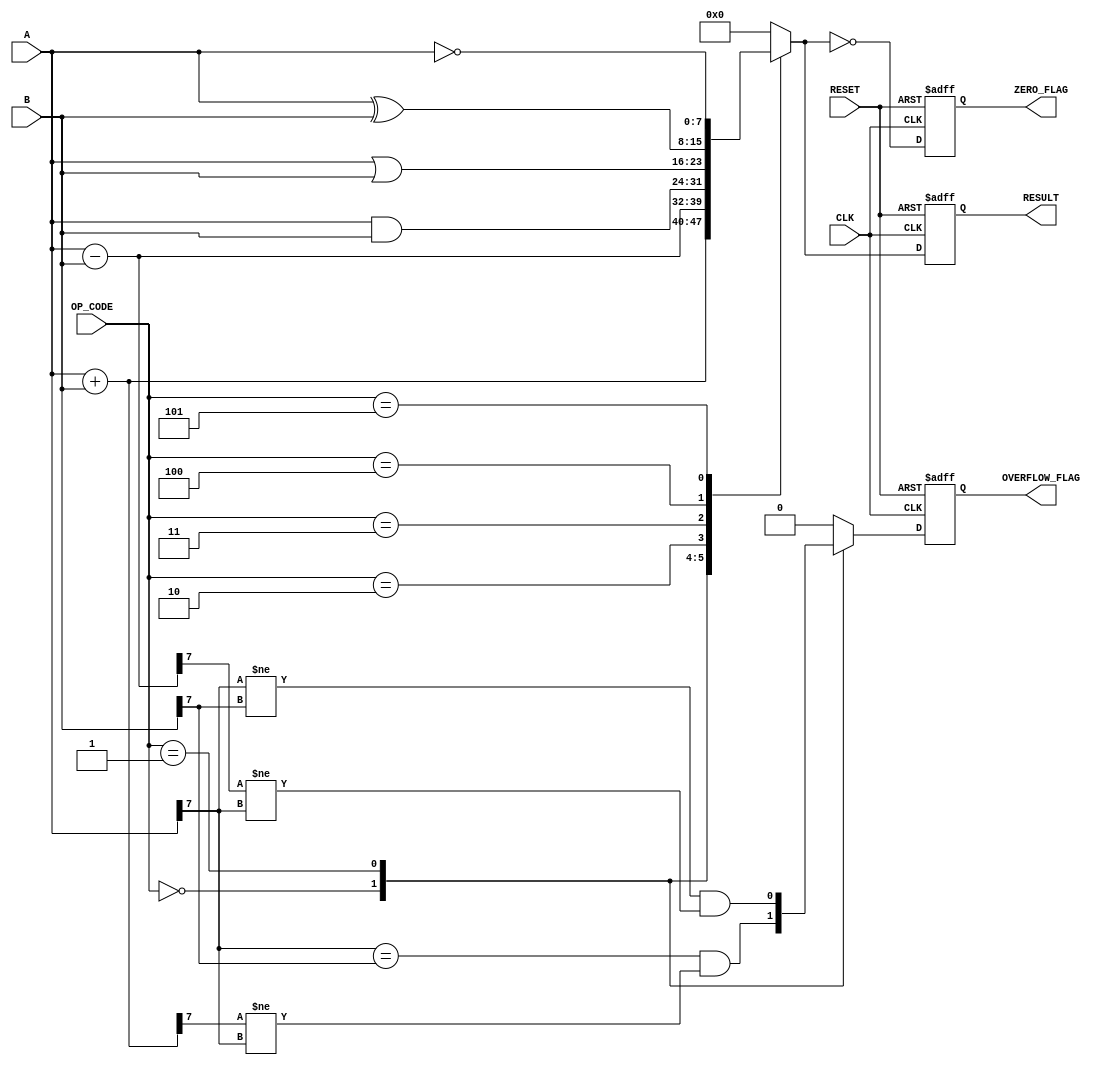
module parameterized_ALU #(
    parameter DATA_WIDTH = 8,  // Default bit width
    parameter OPERATION_MODE = 4 // Number of operation modes
)(
    input  wire [DATA_WIDTH-1:0] A,         // First operand
    input  wire [DATA_WIDTH-1:0] B,         // Second operand
    input  wire [OPERATION_MODE-1:0] OP_CODE, // Operation code
    input  wire CLK,                         // Clock signal
    input  wire RESET,                       // Asynchronous reset
    output reg [DATA_WIDTH-1:0] RESULT,     // Result of the operation
    output reg ZERO_FLAG,                    // Zero flag
    output reg OVERFLOW_FLAG                 // Overflow flag
);

// Define operation codes
localparam ADD      = 3'b000;
localparam SUB      = 3'b001;
localparam AND      = 3'b010;
localparam OR       = 3'b011;
localparam XOR      = 3'b100;
localparam NOT      = 3'b101;
// Add more operation codes as needed

// Internal signals for arithmetic operations
reg [DATA_WIDTH:0] temp_result; // Extra bit for overflow detection

always @(posedge CLK or posedge RESET) begin
    if (RESET) begin
        RESULT <= 0;
        ZERO_FLAG <= 0;
        OVERFLOW_FLAG <= 0;
    end else begin
        case (OP_CODE)
            ADD: begin
                temp_result = A + B; // Perform addition
                RESULT = temp_result[DATA_WIDTH-1:0]; // Store result
                OVERFLOW_FLAG = (A[DATA_WIDTH-1] == B[DATA_WIDTH-1]) && 
                                (RESULT[DATA_WIDTH-1] != A[DATA_WIDTH-1]); // Overflow check
            end
            SUB: begin
                temp_result = A - B; // Perform subtraction
                RESULT = temp_result[DATA_WIDTH-1:0]; // Store result
                OVERFLOW_FLAG = (A[DATA_WIDTH-1] != B[DATA_WIDTH-1]) &&
                                (RESULT[DATA_WIDTH-1] != A[DATA_WIDTH-1]); // Overflow check
            end
            AND: begin
                RESULT = A & B; // Perform bitwise AND
                OVERFLOW_FLAG = 0; // No overflow for logical operations
            end
            OR: begin
                RESULT = A | B; // Perform bitwise OR
                OVERFLOW_FLAG = 0; // No overflow for logical operations
            end
            XOR: begin
                RESULT = A ^ B; // Perform bitwise XOR
                OVERFLOW_FLAG = 0; // No overflow for logical operations
            end
            NOT: begin
                RESULT = ~A; // Perform bitwise NOT (single operand)
                OVERFLOW_FLAG = 0; // No overflow for logical operations
            end
            default: begin
                RESULT = 0; // Default case
                OVERFLOW_FLAG = 0; // No overflow
            end
        endcase
        
        // Update the ZERO_FLAG based on the result
        ZERO_FLAG = (RESULT == 0);
    end
end

endmodule